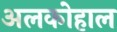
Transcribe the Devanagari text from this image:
अलकोहाल